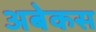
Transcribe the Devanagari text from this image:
अबेकस